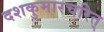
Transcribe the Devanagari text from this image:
दशकुमारचरित्‌